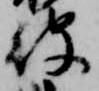
被